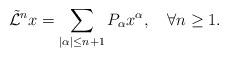
LaTeX: \begin{align*}\mathcal{\tilde L}^{n}x=\sum_{|{\alpha}|\leq n+1} P_{{\alpha}}{x}^{{\alpha}},\quad \forall n\geq 1.\end{align*}